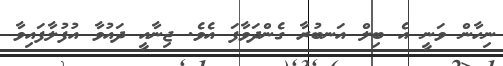
ނިހާން ވަނީ އެ ބިލް އަނބުރާ ގެންދަވާފަ އެވެ. ޖިނާއީ ދައުވާ އުފުލާފައިވާ